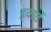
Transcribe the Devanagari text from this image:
ड्वार्टे